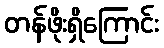
တန်ဖိုးရှိကြောင်း